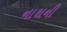
નાથની